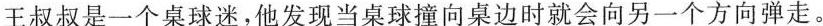
王叔叔是一个桌球迷，他发现当桌球撞向桌边时就会向另一个方向弹走。